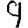
Digit: 9